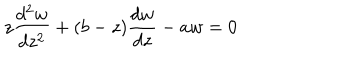
z \frac { d ^ { 2 } w } { d z ^ { 2 } } + ( b - z ) \frac { d w } { d z } - a w = 0